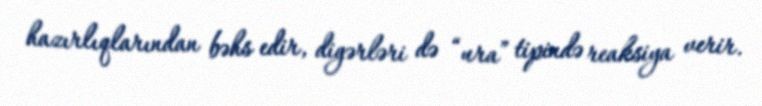
hazırlıqlarından bəhs edir, digərləri də “ura” tipində reaksiya verir.